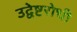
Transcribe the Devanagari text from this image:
उद्वेष्टरोधी